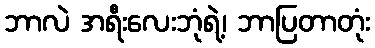
ဘာလဲ အရီးလေးဘုံရဲ့၊ ဘာပြတာတုံး